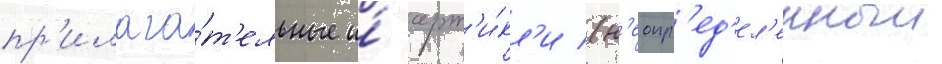
пр'илага́т'ельные и́ арт'и́кл'и (н'еопр'ед'ел'енныи